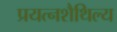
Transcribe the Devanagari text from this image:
प्रयत्नशैथिल्य